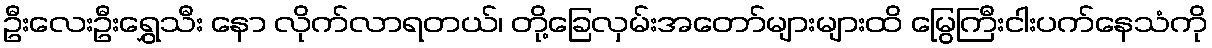
ဦးလေးဦးရွှေသီး နော လိုက်လာရတယ်၊ တို့ခြေလှမ်းအတော်များများထိ မြွေကြီးငါးပက်နေသံကို